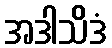
အဒါသိဒံ